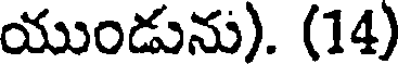
యుండును). (14)